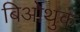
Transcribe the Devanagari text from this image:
बिओथुक